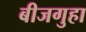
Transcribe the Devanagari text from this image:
बीजगुहा